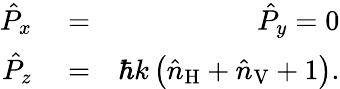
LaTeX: \begin{array}{rlr}{\hat{P}_{x}}&{{}=}&{\hat{P}_{y}=0}\\ {\hat{P}_{z}}&{{}=}&{\hbar k\left(\hat{n}_{\mathrm{H}}+\hat{n}_{\mathrm{V}}+1\right).}\end{array}